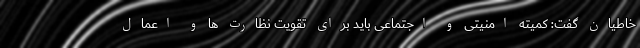
خاطیان گفت: کمیته امنیتی و اجتماعی باید برای تقویت نظارت ها و اعمال